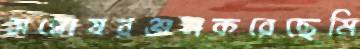
সন্তোষরঞ্জনকরেছেমি